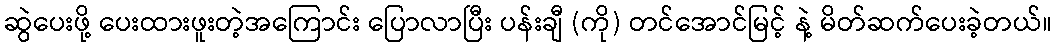
ဆွဲပေးဖို့ ပေးထားဖူးတဲ့အကြောင်း ပြောလာပြီး ပန်းချီ (ကို) တင်အောင်မြင့် နဲ့ မိတ်ဆက်ပေးခဲ့တယ်။